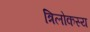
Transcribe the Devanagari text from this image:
त्रिलोकस्य